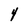
Character: 4